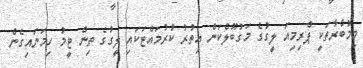
މިމުބާރާތަކީ ޕްރިމިއަ ލީގުގެ މަގުބޫލްކަން އިތުރު ކުރުމައްޓަކައި ލީގުގެ ތިން ޓީމު ހިމަނައިގެން